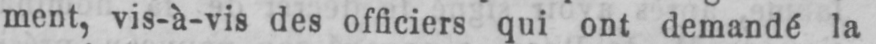
ment, vis-à-vis des officiers qui ont demandé la